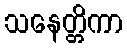
သနေတ္တိကာ